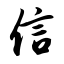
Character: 信